Code of medical and sanitary regulations for the guidance of medical officers serving in the Madras Presidency - Volume I
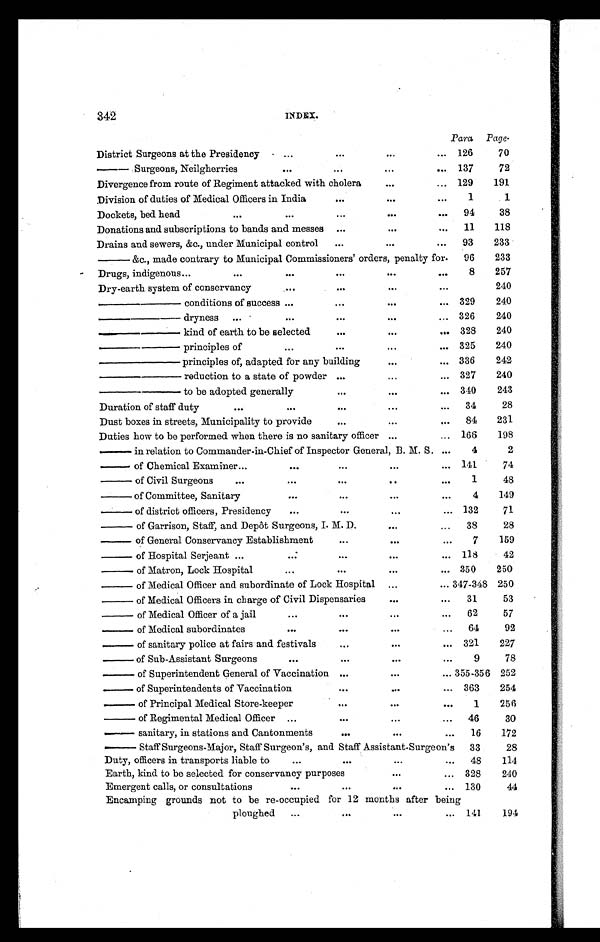
342
INDEX.
Para Page.
District Surgeons at the Presidency
...
. . .
...
... 126
70
— Surgeons, Neilgherries
...
. . . ...
... 137
72
Divergence from route of Regiment attacked with cholera
...
... 129
191
Division of duties of Medical Officers in India
...
...
...
1
1
Dockets, bed head
...
...
...
...
... 94
38
Donations and subscriptions to bands and messes ...
...
...
11
118
Drains and sewers, &c., under Municipal control
...
...
...
93
233
— &c., made contrary to Municipal Commissioners' orders, penalty for.
96
233
Drugs, indigenous ...
...
...
. . .
...
...
8
257
Dry-earth system of conservancy
...
. . .
...
. . .
240
—— conditions of success ...
. . .
...
... 329
240
—— dryness ...
...
. . .
...
... 326
240
—— kind of earth to be selected
...
...
... 328
240
—— principles of
...
. . .
...
... 325
240
—— principles of, adapted for any building
...
... 336
242
—— reduction to a state of powder . . .
...
... 327
240
—— to be adopted generally
. . .
...
... 340
243
Duration of staff duty
...
...
...
...
...
34
28
Dust boxes in streets, Municipality to provide
. . .
...
...
84
231
Duties how to be performed when there is no sanitary officer ...
... 166
198
— in relation to Commander-in-Chief of Inspector General, B. M. S. ...
4
2
— of Chemi cal Exami ner
...
. . .
...
...
. . . 141
74
— of Civil Surgeons
...
...
. . .
...
. . .
1
48
— of Committee, Sanitary
...
...
...
. . .
4
149
— of di stri ct offi cers, Presi dency
...
. . .
...
... 132
71
— of Garrison, Staff, and Depôt Surgeons, I. M. D.
...
...
38
28
— of General Conservancy Establishment
...
...
. . .
7
159
— o f H o s p i t a l S e r j e a n t ...
...
. . .
...
... 118
42
— of Ma t r on, Loc k Hos pi t a l
...
. . .
...
... 350
250
— of Medical Officer and subordinate of Lock Hospital ...
... 347-348 250
— of Medical Officers in charge of Civil Dispensaries
...
...
31
53
— of Me di c a l Of f i c e r of a j a i l
. . .
. . .
. . .
...
62
57
— o f Me d i c a l s u b o r d i n a t e s
...
. . .
...
...
64
92
— of sanitary police at fairs and festivals
...
...
... 321
227
— of Sub-Assistant Surgeons
. . .
. . .
...
...
9
78
— of Superintendent General of Vaccination ...
...
... 355-356 252
— of Superintendents of Vaccination
. . .
...
... 363
254
— of Principal Medical Store-keeper
. . .
...
...
1
256
— of Regi ment al Medi cal Of f i cer ...
. . .
...
...
46
30
— sanitary, in stations and Cantonments
. . .
...
...
16
172
— Staff Surgeons-Major, Staff Surgeon's, and Staff Assistant-Surgeon's
33
28
Duty, officers in transports liable to
. . .
. . .
...
... 48
114
Earth, kind to be selected for conservancy purposes
...
... 328
240
Emergent calls, or consultations
...
. . .
...
... 130
44
Encamping grounds not to be re-occupied for 12 months after being
ploughed
...
. . .
. . .
... 141
194